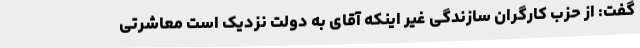
گفت: از حزب کارگران سازندگی غیر اینکه آقای به دولت نزدیک است معاشرتی